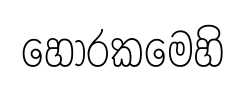
හොරකමෙහි